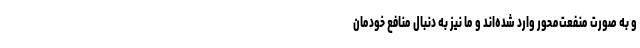
و به صورت منفعت‌محور وارد شده‌اند و ما نیز به دنبال منافع خودمان